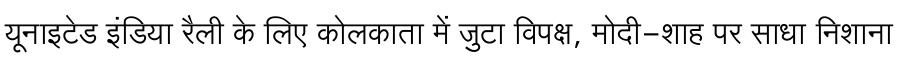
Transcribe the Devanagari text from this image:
यूनाइटेड इंडिया रैली के लिए कोलकाता में जुटा विपक्ष, मोदी-शाह पर साधा निशाना